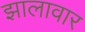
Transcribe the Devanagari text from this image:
झालावार